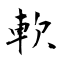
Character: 軟